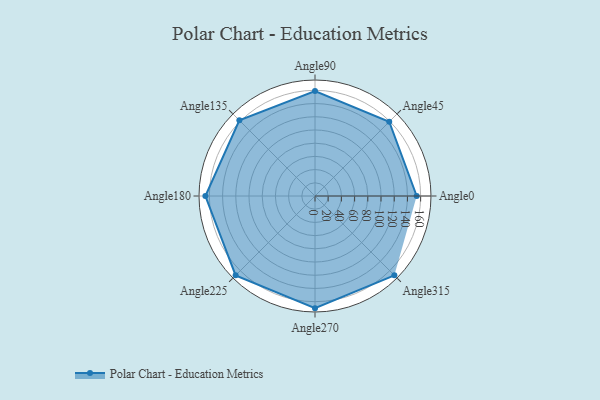
{"axis": {"x": "Angle", "y": "Radius"}, "legend": [""], "data": [{"x": "Angle0", "y": 154.0, "type": ""}, {"x": "Angle45", "y": 159.0, "type": ""}, {"x": "Angle90", "y": 159.0, "type": ""}, {"x": "Angle135", "y": 162.0, "type": ""}, {"x": "Angle180", "y": 166.0, "type": ""}, {"x": "Angle225", "y": 170, "type": ""}, {"x": "Angle270", "y": 170, "type": ""}, {"x": "Angle315", "y": 170, "type": ""}]}